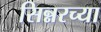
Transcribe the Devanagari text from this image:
सिन्नरच्या